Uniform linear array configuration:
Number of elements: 12
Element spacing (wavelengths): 0.5
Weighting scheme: hann
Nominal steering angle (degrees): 45
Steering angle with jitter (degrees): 43.229
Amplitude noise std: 0.05
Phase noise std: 0.05

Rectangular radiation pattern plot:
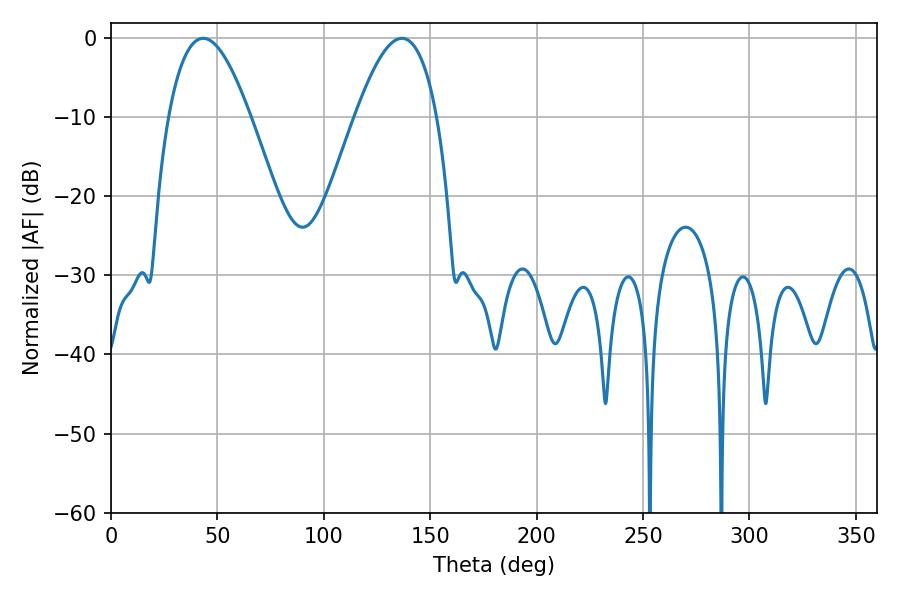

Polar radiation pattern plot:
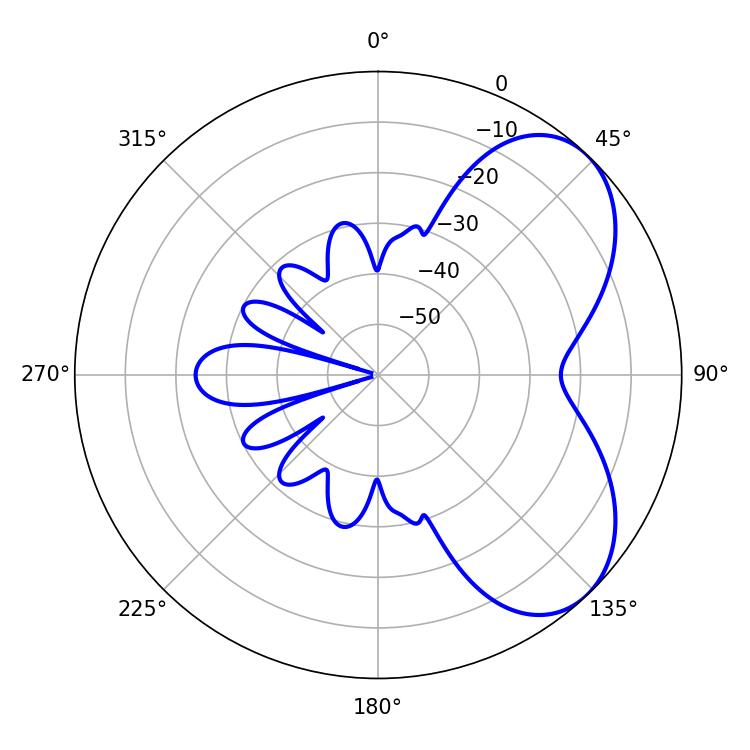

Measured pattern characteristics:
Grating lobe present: FALSE
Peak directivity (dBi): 5.568
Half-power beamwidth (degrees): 21.06
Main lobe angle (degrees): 43.38